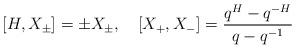
LaTeX: \begin{align*}[H,X_\pm]=\pm X_\pm,\quad[X_+,X_-]=\frac{q^H-q^{-H}}{q-q^{-1}}\end{align*}